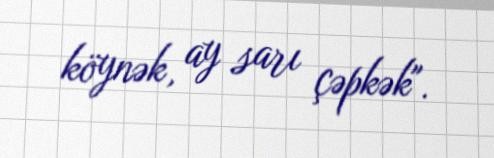
köynək, ay sarı çəpkək".